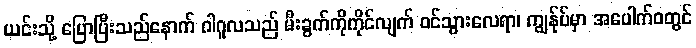
ယင်းသို့ ပြောပြီးသည်နောက် ဂါဂူလသည် မီးခွက်ကိုကိုင်လျက် ဝင်သွားလေရာ၊ ကျွန်ုပ်မှာ အပေါက်ဝတွင်